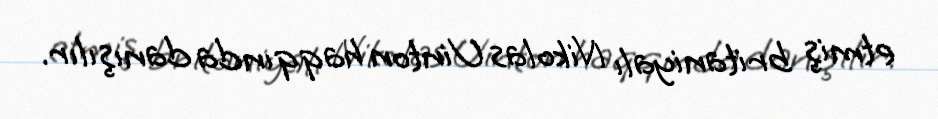
etmiş britaniyalı Nikolas Uinton haqqında danışılır.